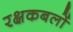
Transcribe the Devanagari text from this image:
रक्षकबलों